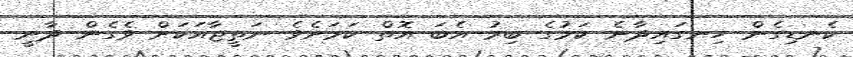
ކެނޑިގެން ހިނގައިދާނެ ކަމުގެ ބިރު އެބަ އޮތް ކަމަށެވެ ނަތީޖާއަކަށް ވެގެން ދާނީ